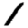
Digit: 1